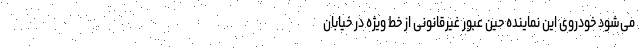
می‌شود خودروی این نماینده حین عبور غیرقانونی از خط ویژه در خیابان